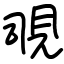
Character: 覗